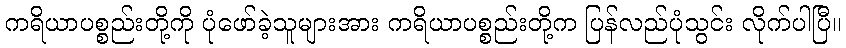
ကရိယာပစ္စည်းတို့ကို ပုံဖော်ခဲ့သူများအား ကရိယာပစ္စည်းတို့က ပြန်လည်ပုံသွင်း လိုက်ပါပြီ။